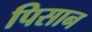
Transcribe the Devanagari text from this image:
पिसान